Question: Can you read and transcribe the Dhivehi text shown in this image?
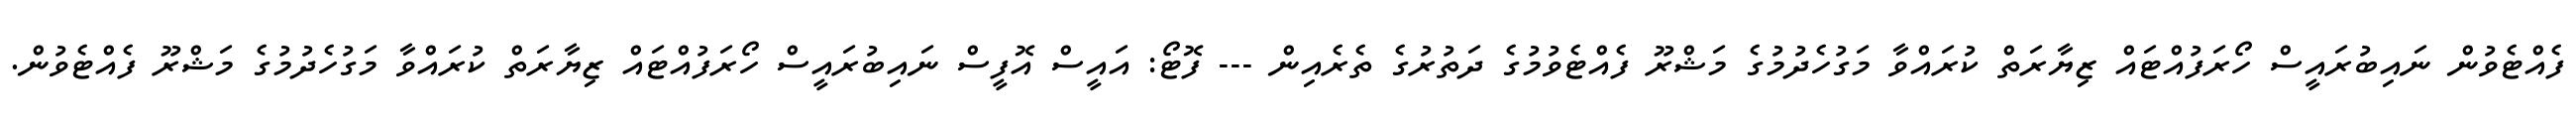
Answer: ފެއްޓެވުން ނައިބުރައީސް ހޯރަފުއްޓައް ޒިޔާރަތް ކުރައްވާ މަގުހެދުމުގެ މަޝްރޫ ފެއްޓެވުމުގެ ދަތުރުގެ ތެރެއިން --- ފޮޓޯ: އައީސް އޮފީސް ނައިބުރައީސް ހޯރަފުއްޓައް ޒިޔާރަތް ކުރައްވާ މަގުހެދުމުގެ މަޝްރޫ ފެއްޓެވުން.